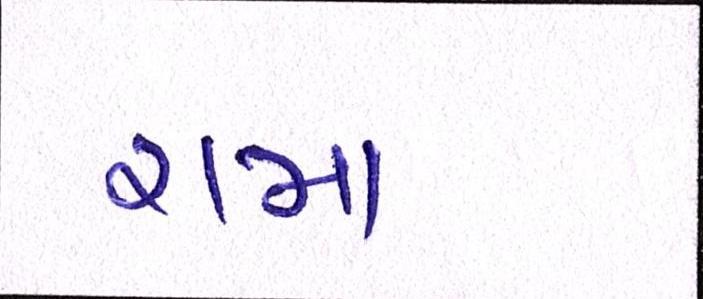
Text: રામા